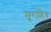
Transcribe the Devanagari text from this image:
मुराहिब